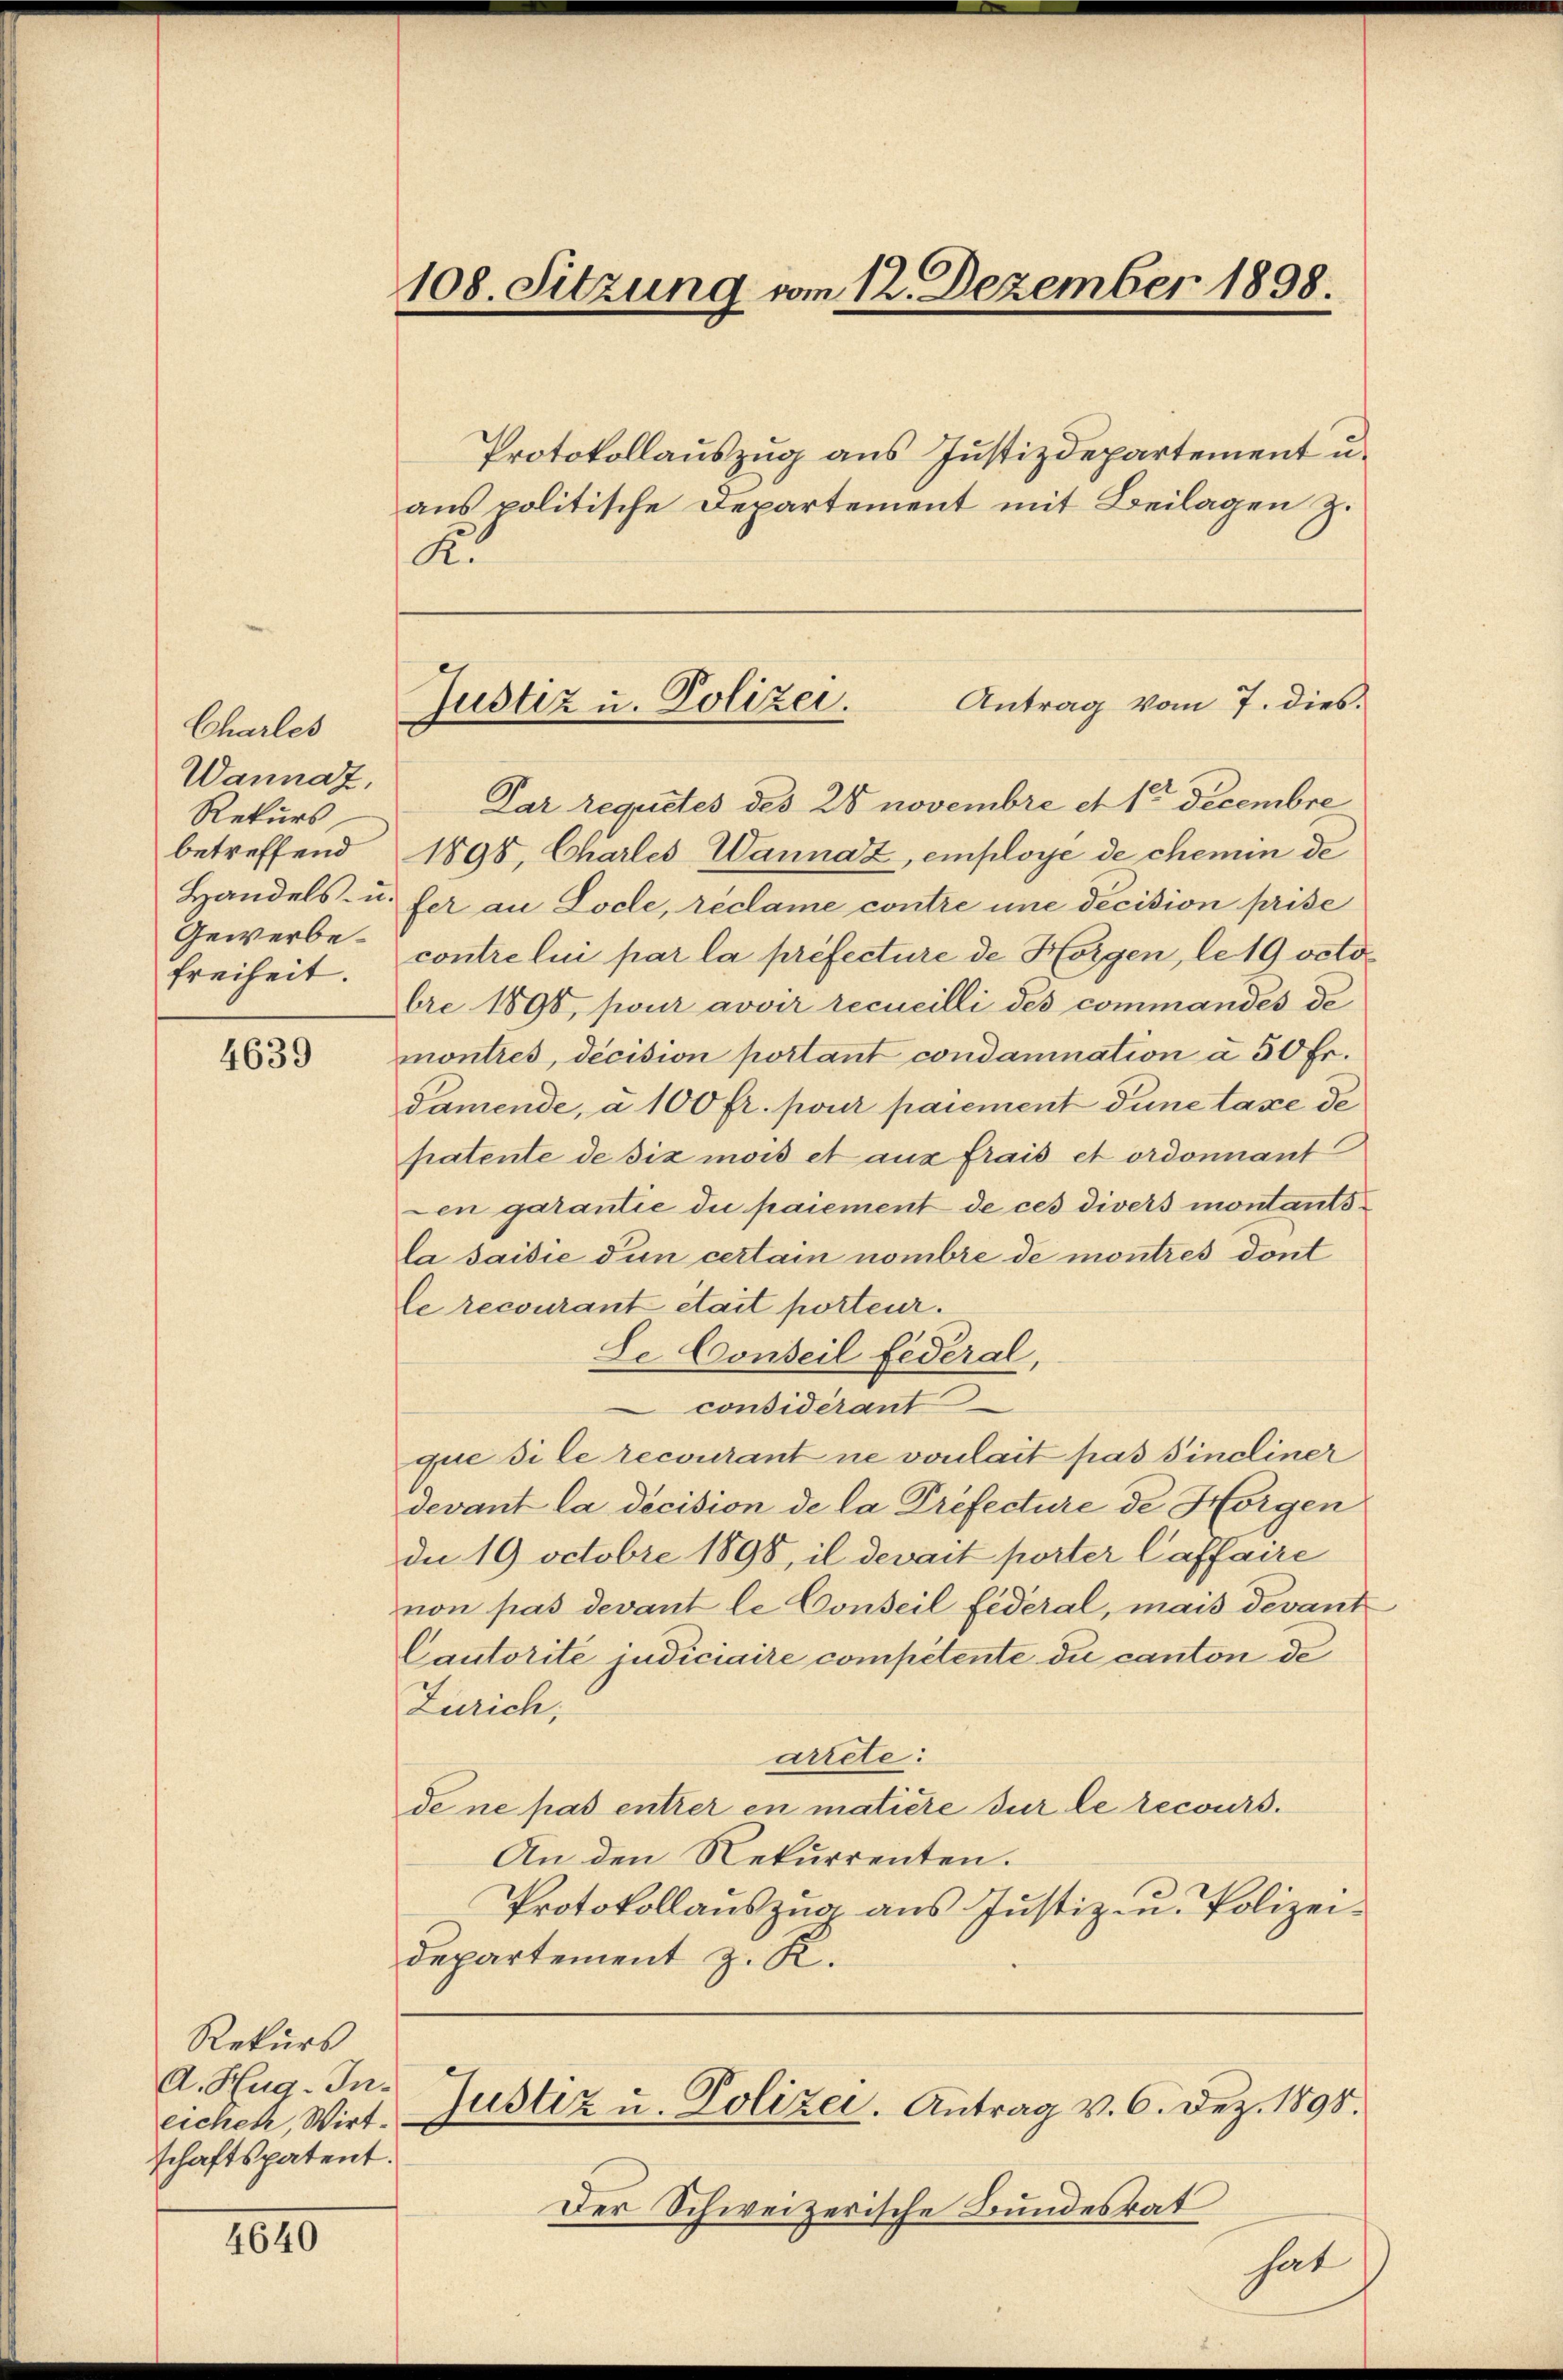
Charles
Wannaz,
Rekurs
betreffend
Handels- u.
Gewerbe¬
Freiheit.

4639

Rekurs
A. Hug-Ineichen, Wirt.
schaftspatent.

4640

108. Sitzung vom 12. Dezember 1898.

Justiz u. Polizei. Antrag vom 7. dies

Protokollauszug aus Justizdepartement u.
aus politische Departement mit Beilagen z.
K.
Par requetes des 28 novembre et 1 Decembre
1898, Charles Wannaz, employe de chemin de
fer an Loche, réclame contre une decision prise
contre lui par la préfecture de Horgen, le 19 voto
bre 1898, pour avoir recueilli des commandés de
montres, decision portant condamnation à 50 fr.
Pamende, a 100 fr. pour paiement Sune taxe de
patente de six mois et aux frais et ordonnant
Len garantie die paiement de ces divers montantsla saisie den certain nombre de montres dont
le recourant était porteur.
Le Conseil fédéral,
considérant
que dile recourant ne vonlait pas sincliner
devant la decision de la Préfecture de Horgen
dn 19 octobre 1898, il devait porter Caffaire
non pas devant le Conseil fédéral, mais devant
Cautorité judiciaire competente du canton de
Zürich,
arrete:
de ne pas entrer en matière sur le recours.
An den Rekurrenten.
Protokollauszug aus Justiz- u. Polizei¬
Departement z. R.
Justiz u. Polizei. Antrag v. 6. Dez. 1890.
Der Schweizerische Bundesrat

hat